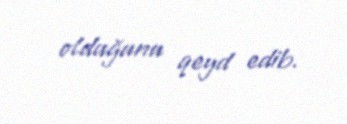
olduğunu qeyd edib.